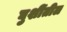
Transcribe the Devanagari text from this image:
घुशींतील